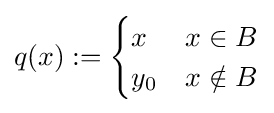
q(x):={\begin{cases}x&x\in B\\y_{0}&x\notin B\\\end{cases}}